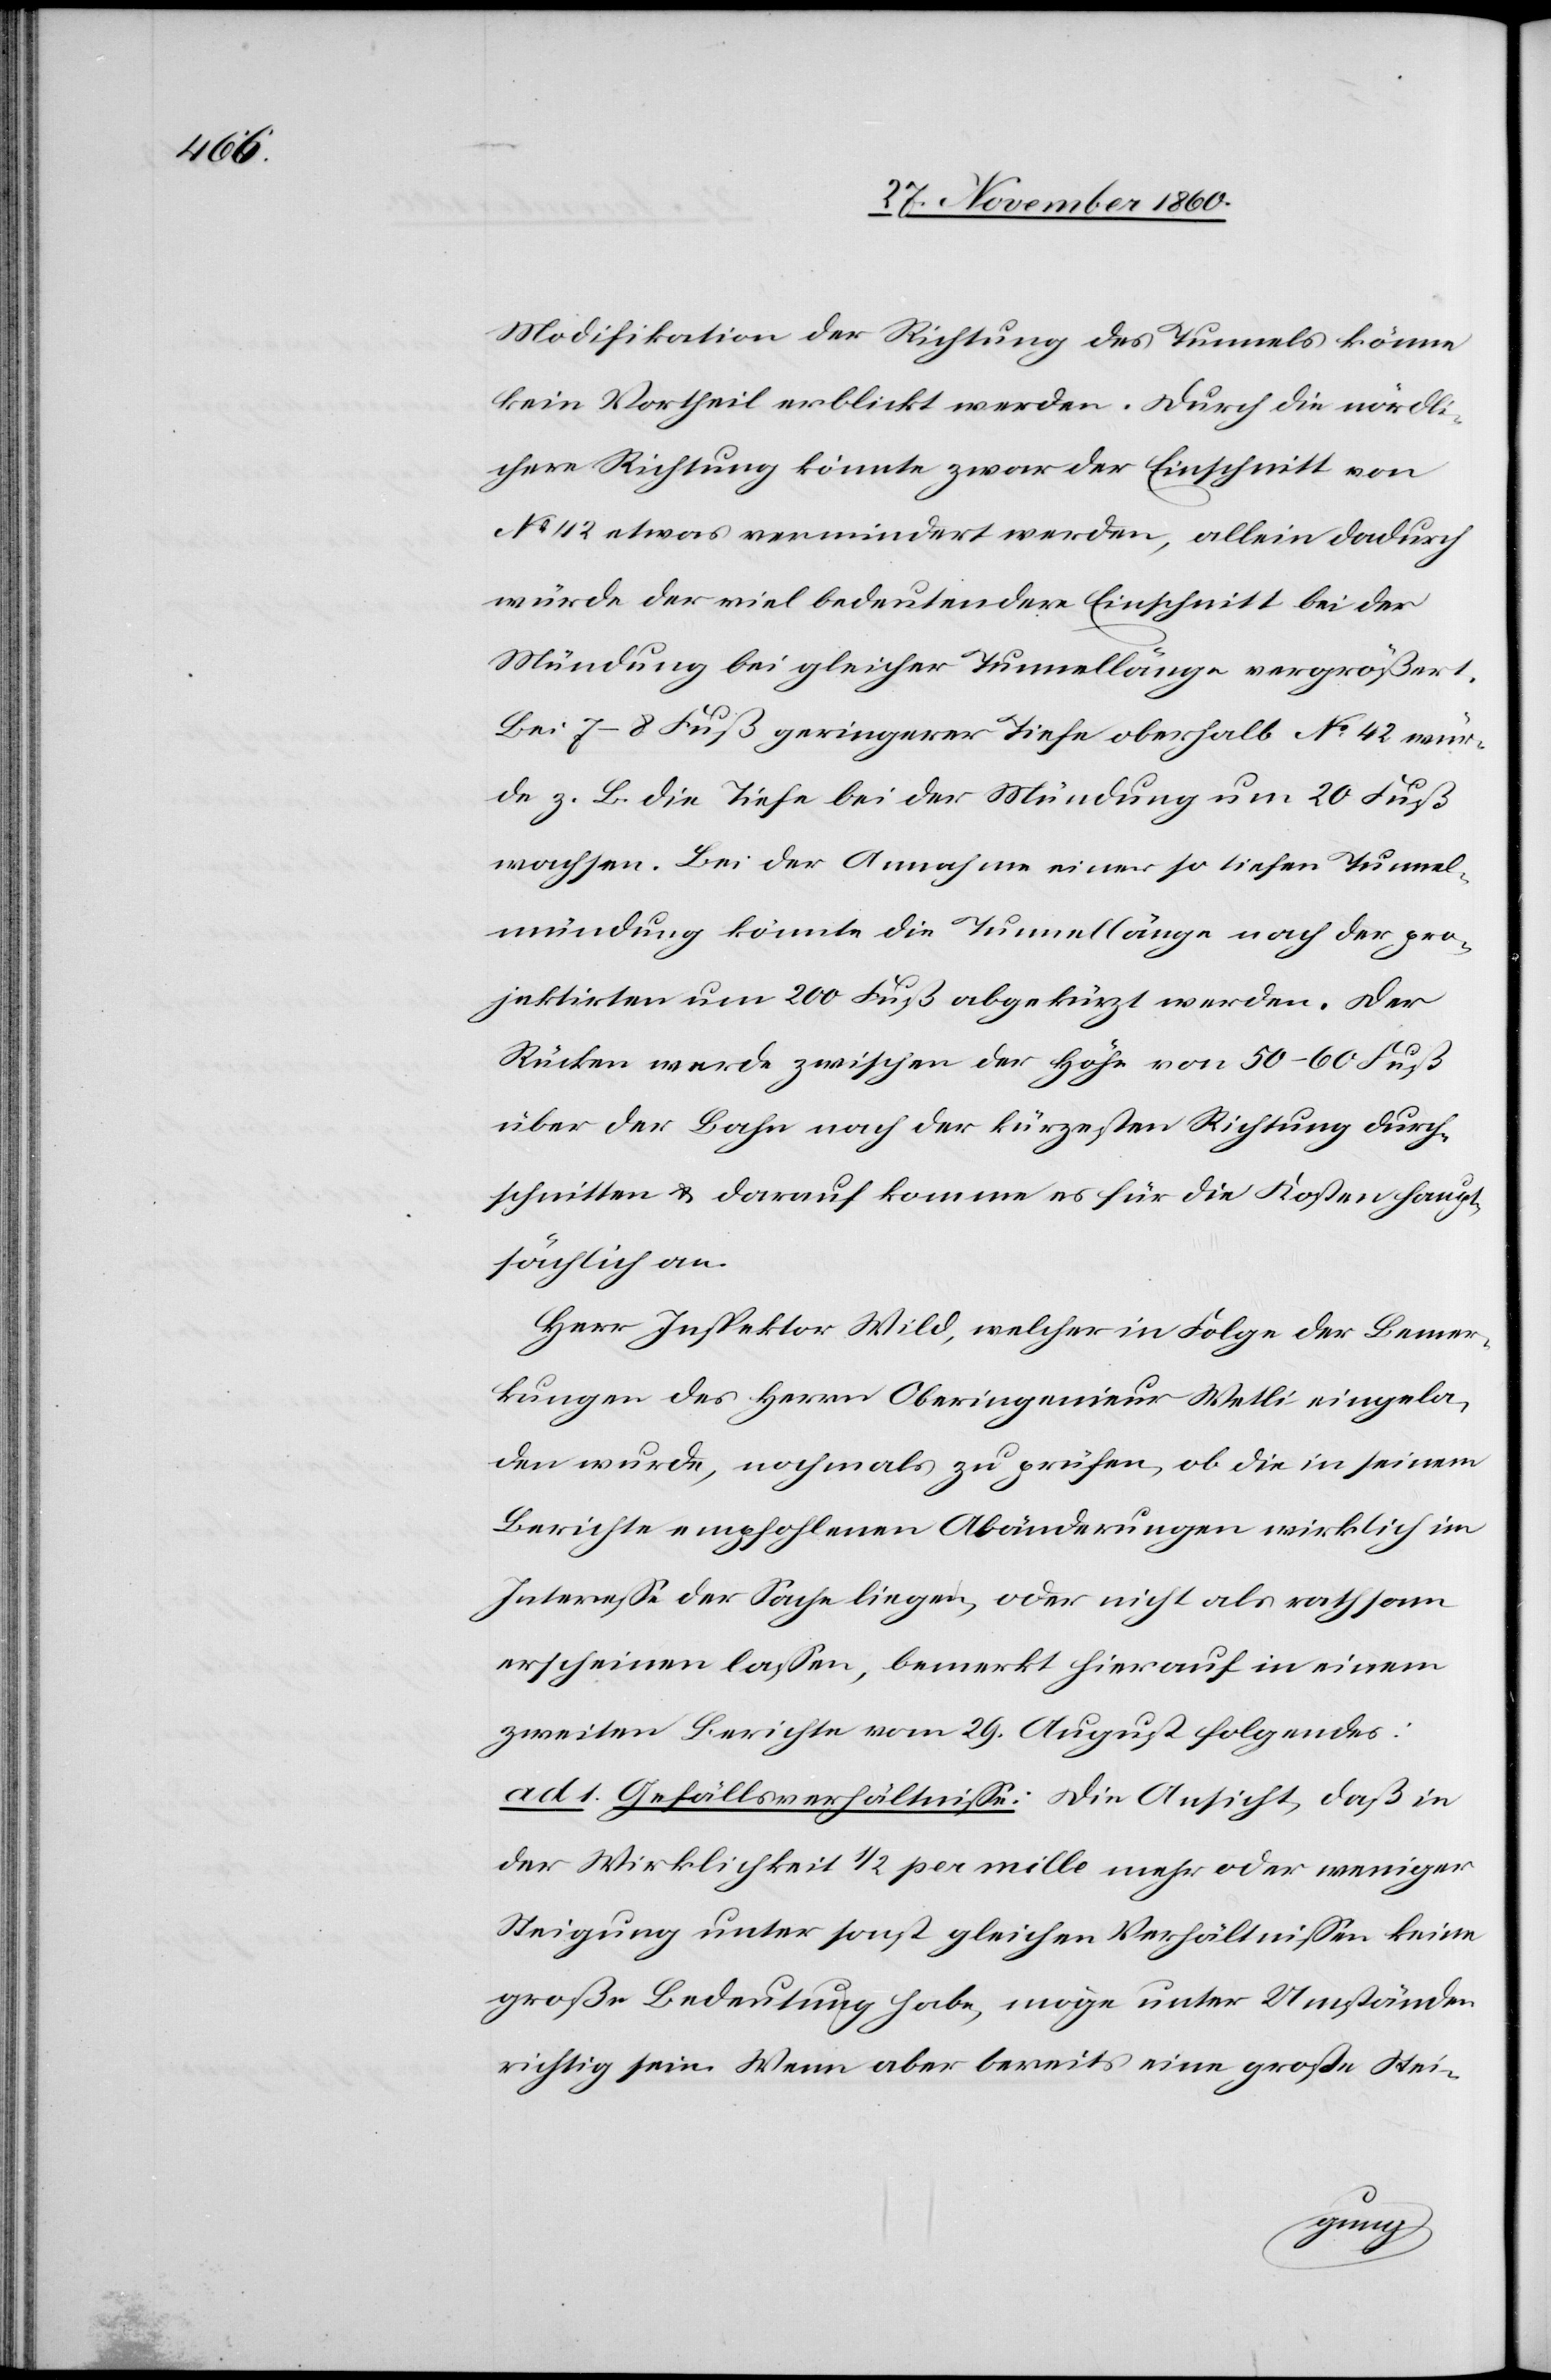
Modifikation der Richtung des Tunnels könne
kein Vortheil erblickt werden. Durch die nördli¬
chere Richtung könnte zwar der Einschnitt von
No 42 etwas vermindert werden, allein dadurch
würde der viel bedeutendere Einschnitt bei der
Mündung bei gleicher Tunnellänge vergrößert.
Bei 7–8 Fuß geringerer Tiefe oberhalb No 42 wür¬
de z. B. die Tiefe bei der Mündung um 20 Fuß
wachsen. Bei der Annahme einer so tiefen Tunnel¬
mündung könnte die Tunnellänge nach der pro¬
jektirten um 200 Fuß abgekürzt werden. Der
Rücken werde zwischen der Höhe von 50–60 Fuß
über der Bahn nach der kürzesten Richtung durch¬
schnitten u. darauf komme es für die Kosten haupt¬
sächlich an.
Herr Inspektor Wild, welcher in Folge der Bemer¬
kungen des Herrn Oberingenieur Wetli eingela¬
den wurde, nochmals zu prüfen, ob die in seinem
Berichte empfohlenen Abänderungen wirklich im
Interesse der Sache liegen, oder nicht als rathsam
erscheinen lassen, bemerkt hierauf in einem
zweiten Berichte vom 29. August folgendes:
ad 1. Gefällsverhältnisse: Die Ansicht, daß in
der Wirklichkeit 1/2 per mille mehr oder weniger
Steigung unter sonst gleichen Verhältnissen keine
große Bedeutung habe, möge unter Umständen
richtig sein. Wenn aber bereits eine große Stei-